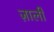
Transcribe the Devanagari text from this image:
ज़ाली